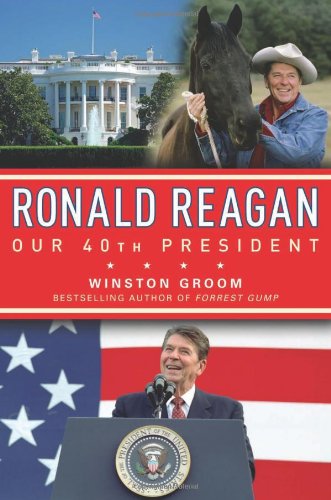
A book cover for Ronald Reagan Our 40th President; Winston Groom; Teen & Young Adult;